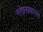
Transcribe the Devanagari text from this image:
नरेंद्रनाथाच्या